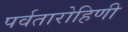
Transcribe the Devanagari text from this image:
पर्वतारोहिणी